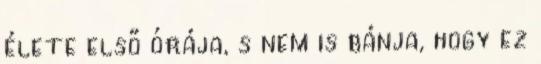
élete első órája, s nem is bánja, hogy ez